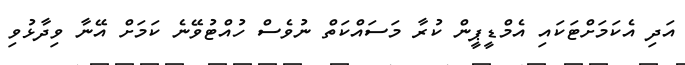
އަދި އެކަމަށްޓަކައި އެމްޑީޕީން ކުރާ މަސައްކަތް ނުވެސް ހުއްޓުވޭނެ ކަމަށް އޭނާ ވިދާޅުވި